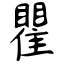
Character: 瞿